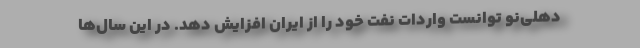
دهلی‌نو توانست واردات نفت خود را از ایران افزایش دهد. در این سال‌ها